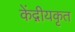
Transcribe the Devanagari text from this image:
केंद्गीयकृत